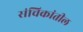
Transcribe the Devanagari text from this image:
संचिकांतील